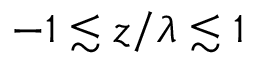
- 1 \lesssim z / \lambda \lesssim 1